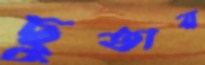
ছুতায়